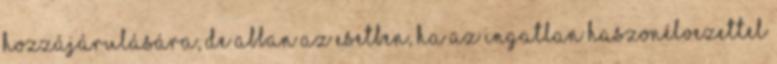
hozzájárulására, de abban az esetben, ha az ingatlan haszonélvezettel